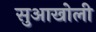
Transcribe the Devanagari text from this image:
सुआखोली